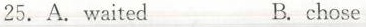
25. A.waited B.chose